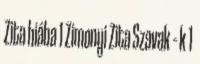
Zita hiába 1 Zimonyi Zita Szavak – k 1